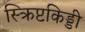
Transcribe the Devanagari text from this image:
स्क्रिप्टकिड्डी